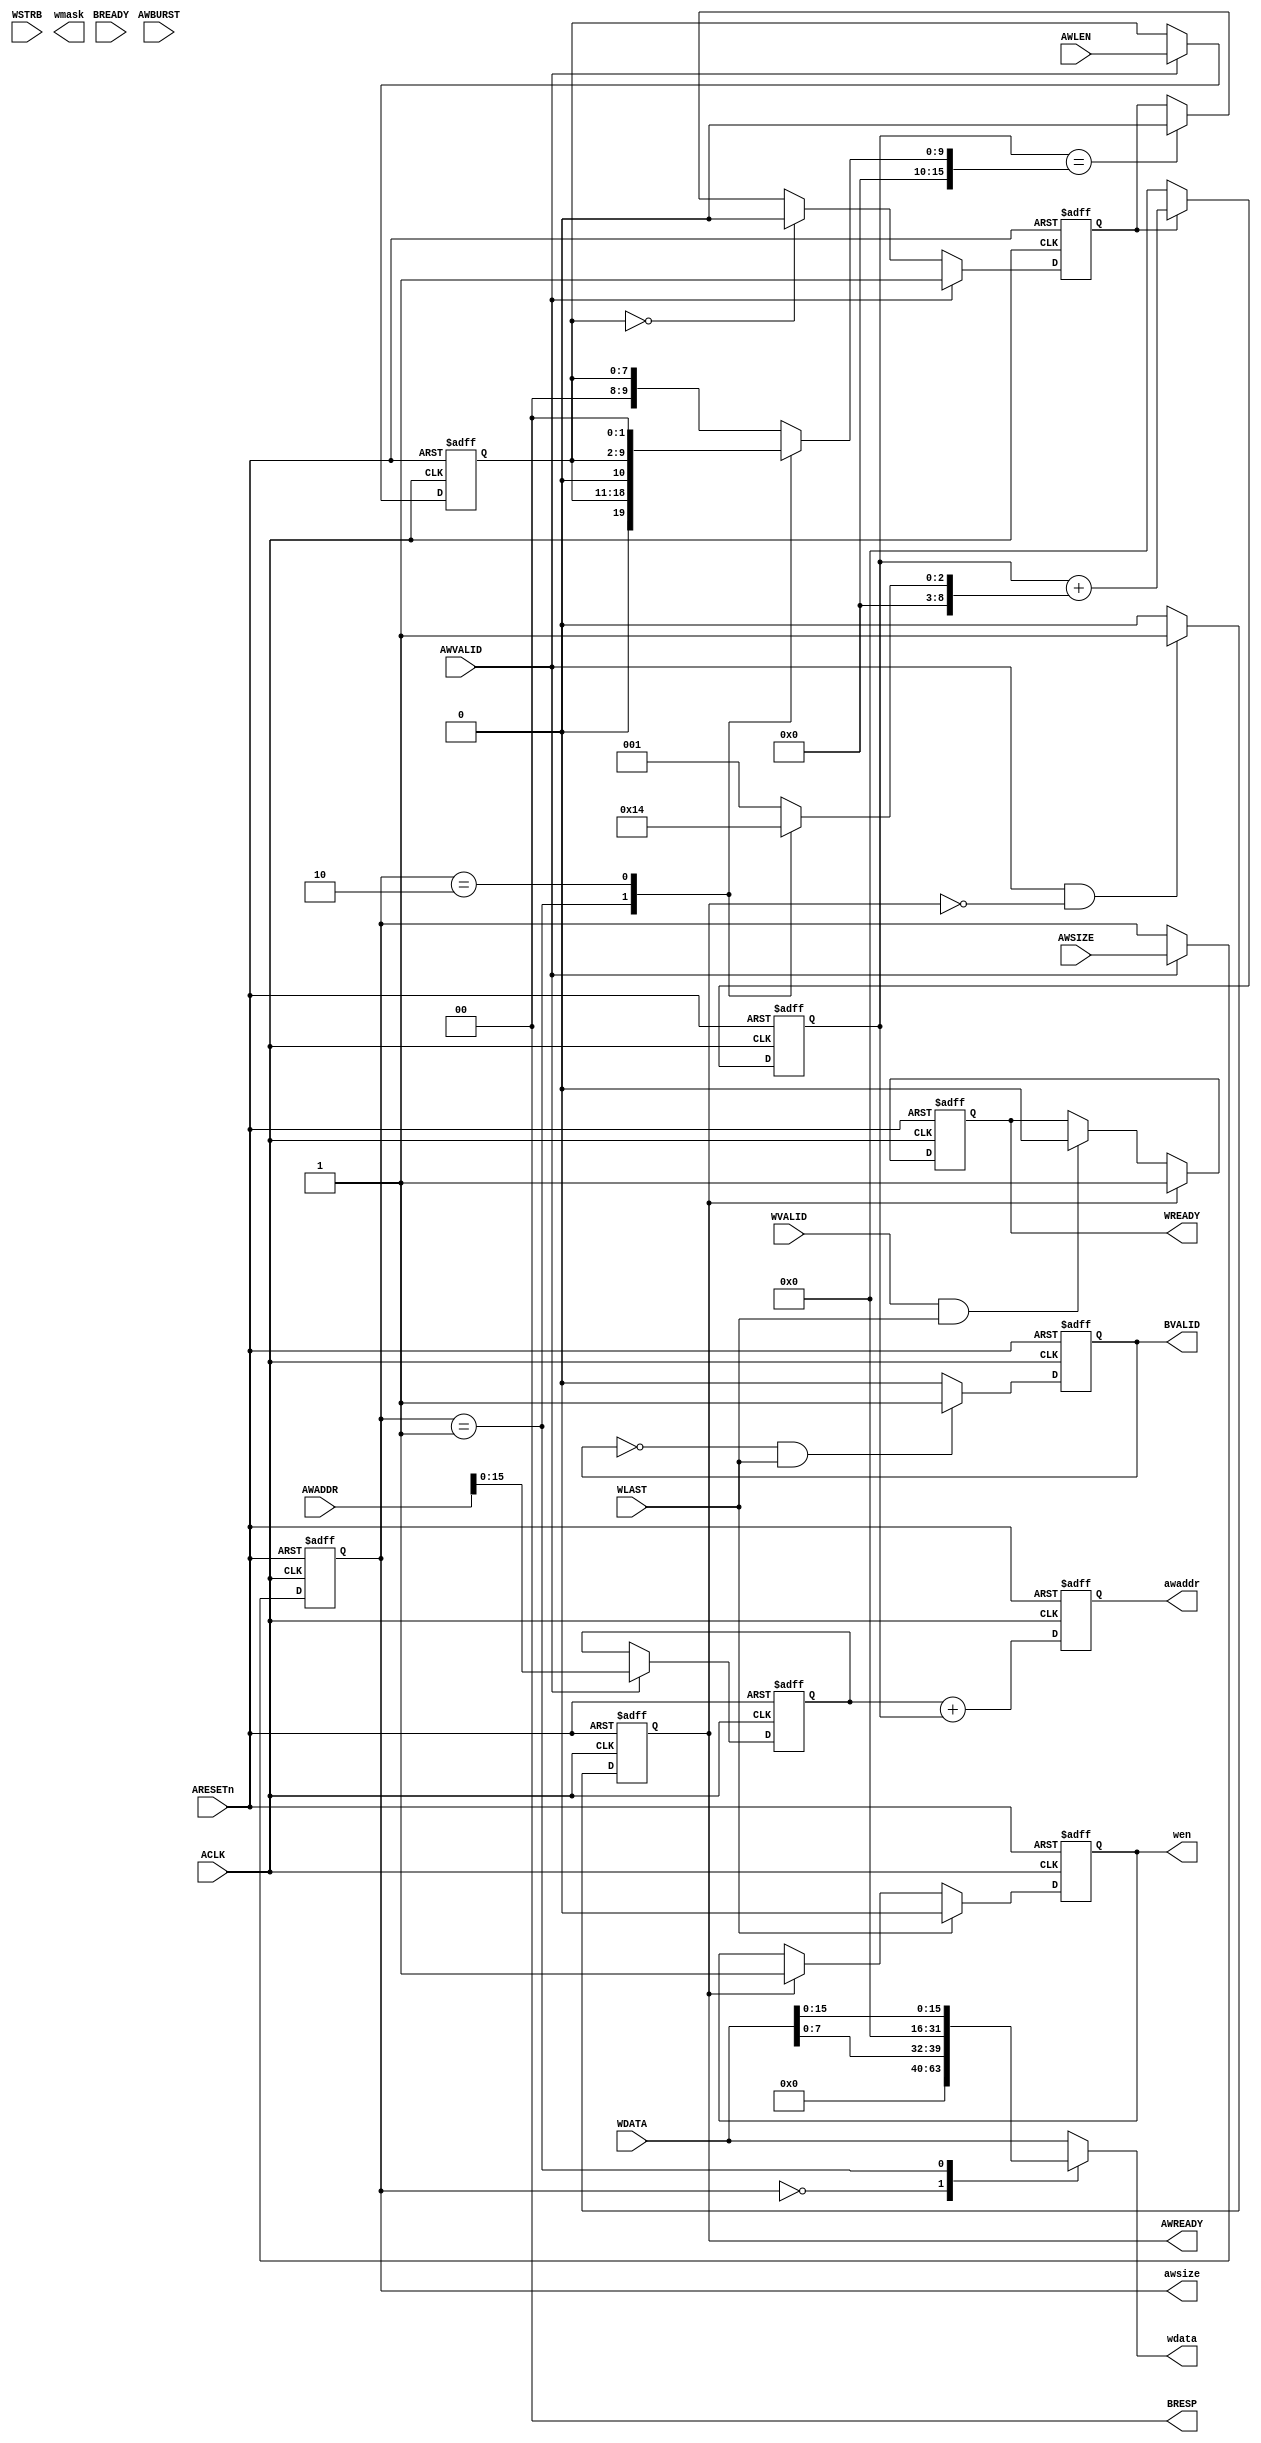
module axi_w_channel#(
    parameter DATA_WIDTH = 32,
    parameter ADDR_WIDTH = 32,
    parameter ID_WIDTH    = 4,
    parameter STRB_WIDTH  = (DATA_WIDTH/8)    //STRB位宽
)(
    input ACLK,
    input ARESETn,
    
    //address
	input	   [ADDR_WIDTH-1:0] AWADDR,
    input                       AWVALID,
    output  reg                 AWREADY,
//	input	   [ID_WIDTH - 1:0] AWID,
	input	   [7:0]            AWLEN,	//nums. 0 = one transfer
	input	   [2:0]            AWSIZE, //length. less than the width of bus b'010
	input	   [1:0]	        AWBURST,//type.00 = fix address. 01 = incre address. 10 = wrap
    //data
	input	   [DATA_WIDTH-1:0] WDATA,
    input      [STRB_WIDTH-1:0] WSTRB,//mask
    input                       WVALID,
    input                       WLAST,
    output  reg                 WREADY,
//	input	   [ID_WIDTH - 1:0] WID,//match awid
    //resp
//	output	reg[ID_WIDTH - 1:0] BID,//match awid
    output  reg[1:0]            BRESP,//00 = OKAY
    input                       BREADY,
    output  reg                 BVALID,
    
    //interface to sram
    output reg					wen,
    output reg [3:0]			wmask,
	output reg [2:0]			awsize,
	output reg [15:0]			awaddr,
	output reg [31:0]			wdata
    );
    
      //常量定义
    parameter   TCO     =   0;  	//寄存器延时

	//=========================================================
    //中间信号
	reg	    [15:0]	awaddr_start;	//起始地址
	reg     [15:0]	awaddr_stop;	//终止地址（不加起始地址）
	reg	    [15:0]	awaddr_cnt;		//地址计数器
	reg	    [8:0]	awaddr_step;	//地址步进长度
	reg			    awaddr_cnt_flag;//地址累加标志
	reg     [7:0]	awlen;			//awlen
    
    always@(posedge ACLK, negedge ARESETn)begin
		if(!ARESETn)
			AWREADY	<= #TCO 0;
		else if( AWVALID && !AWREADY)
			AWREADY	<= #TCO 1;
		else
			AWREADY	<= #TCO 0;
	end

	//----------------------------------------------------------------------
    //WREADY回应
	always@(posedge ACLK, negedge ARESETn)begin
		if(!ARESETn)
			WREADY	<= #TCO 0;
		else if( AWREADY )
			WREADY	<= #TCO 1;
		else if( WVALID && WLAST)
			WREADY	<= #TCO 0;	
		else
			WREADY	<= #TCO WREADY;
	end

	//----------------------------------------------------------------------
    //BVALID回应
	always@(posedge ACLK, negedge ARESETn)begin
		if(!ARESETn)
			BVALID	<= #TCO 0;
		else if( ~BVALID && WLAST)
			BVALID	<= #TCO 1;
		else
			BVALID	<= #TCO 0;
	end

    //======================================================================
    //参数寄存	
	always@(posedge ACLK, negedge ARESETn)begin
		if(!ARESETn)begin
			awaddr_start	<= #TCO 0;
			awlen			<= #TCO 0;
			awsize			<= #TCO 0;
		end
		else if(AWVALID)begin
			awaddr_start	<= #TCO AWADDR[15:0];	//起始地址寄存
			awlen			<= #TCO AWLEN;			//突发长度寄存
			awsize			<= #TCO AWSIZE;			//数据宽度寄存
		end
		else begin
			awaddr_start	<= #TCO awaddr_start;
			awlen			<= #TCO awlen;
			awsize			<= #TCO awsize;
		end
	end


	//======================================================================
    //写地址累加
	//assign	awaddr_step	= 2**awsize;			//计算步进
	always@(*) begin
		case(awsize)
		    //one byte
			3'h0:	awaddr_step = 16'h1;
			3'h1:	awaddr_step = 16'h2;
			//for bytes
			3'h2:	awaddr_step = 16'h4;
			default:awaddr_step = 16'h1;
		endcase
	end

	//assign	awaddr_stop = awlen*awaddr_step;	//计算步进次数
	always@(*) begin
		case(awsize)
		    //once one byte
			3'h0:	awaddr_stop = {8'h0,awlen};
		    //once two byte
			3'h1:	awaddr_stop = {7'h0,awlen,1'b0};
		    //once three byte
			3'h2:	awaddr_stop = {6'h0,awlen,2'b0};
			default:awaddr_stop = {8'h0,awlen};
		endcase
	end


	always@(posedge ACLK, negedge ARESETn)begin
		if(!ARESETn)
			awaddr_cnt_flag	<= #TCO 0;
		else if(AWVALID)
			awaddr_cnt_flag = #TCO 1;
		else if(awlen == 0)
			awaddr_cnt_flag = #TCO 0;
		else if(awaddr_cnt == awaddr_stop)
			awaddr_cnt_flag = #TCO 0;
	end

	always@(posedge ACLK, negedge ARESETn)begin
		if(!ARESETn)
			awaddr_cnt	<= #TCO 0;
//awvalid    awvalid           awvalid
//wvalid     wvalid            wvalid
//           awready           awready
//           awaddr_cnt_flag   awaddr_cnt_flag
//                             wready
//                             wen
//                             awaddr               awaddr(update)
//                             awaddr_cnt(update)
		else if(awaddr_cnt_flag)
			awaddr_cnt	<= #TCO awaddr_cnt + awaddr_step;
		else
			awaddr_cnt	<= #TCO 0;
	end


	//======================================================================
	//输出信号

	//----------------------------------------------------------------------
    //使能
	always@(posedge ACLK, negedge ARESETn)begin
		if(!ARESETn)
			wen	<= #TCO 0;
		else if(WLAST)
			wen	<= #TCO 0;
        //two cycles after AWVALID high, but why not WREADY?
		else if(AWREADY)
			wen	<= #TCO 1;
		else
			wen	<= #TCO wen;
	end

	//----------------------------------------------------------------------
    //写数据
	always@(*)begin
		case(awsize)
			3'b000:	wdata = {24'b0,WDATA[7:0]};	//8bit
			3'b001:	wdata = {16'b0,WDATA[15:0]};//16bit
			3'b010:	wdata = WDATA[31:0];		//32bit
			default:wdata = WDATA[31:0];
		endcase
	end


	//----------------------------------------------------------------------
    //写地址
	always@(posedge ACLK, negedge ARESETn)begin
		if(!ARESETn)
			awaddr	<= #TCO 0;
		else
			awaddr 	<= #TCO awaddr_start + awaddr_cnt;
	end

	//======================================================================
	//其他信号

	//----------------------------------------------------------------------
    //回应
	always @(*) begin
		BRESP = 0;
	end

	

endmodule